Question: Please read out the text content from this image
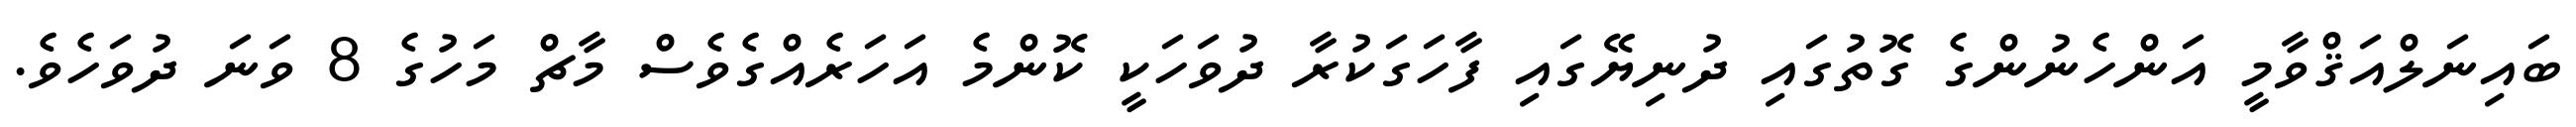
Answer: ބައިނަލްއަޤްވާމީ އަންހެނުންގެ ގޮތުގައި ދުނިޔޭގައި ފާހަގަކުރާ ދުވަހަކީ ކޮންމެ އަހަރެއްގެވެސް މާޗް މަހުގެ 8 ވަނަ ދުވަހެވެ.